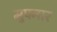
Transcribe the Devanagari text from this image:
मुपनार